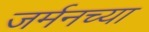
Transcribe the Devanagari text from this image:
जर्मनच्या